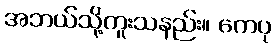
အဘယ်သို့ကူးသနည်း။ ကေပု